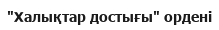
"Халықтар достығы" ордені